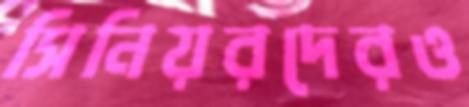
সিনিয়রদেরও